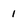
Character: 1